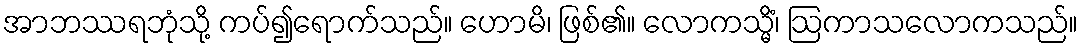
အာဘဿရဘုံသို့ ကပ်၍ရောက်သည်။ ဟောမိ၊ ဖြစ်၏။ လောကသ္မိံ၊ ဩကာသလောကသည်။